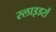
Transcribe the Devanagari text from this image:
स्लाइडरों